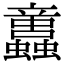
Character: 𧕢